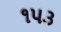
૧૫૩